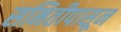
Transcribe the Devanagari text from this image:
समितीपासून